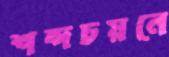
শব্দচয়নে